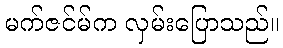
မက်ဇင်မ်က လှမ်းပြောသည်။